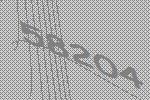
58204